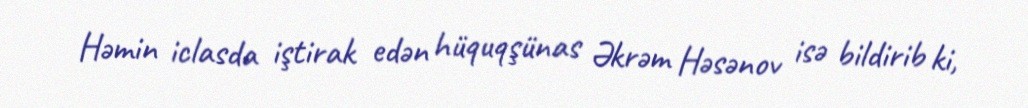
Həmin iclasda iştirak edən hüquqşünas Əkrəm Həsənov isə bildirib ki,